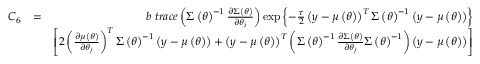
\begin{array} { r l r } { C _ { 6 } } & { = } & { b \mathrm { ~ } t r a c e \left( \boldsymbol { \Sigma } \left( \boldsymbol { \theta } \right) ^ { - 1 } \frac { \partial \boldsymbol { \Sigma } \left( \boldsymbol { \theta } \right) } { \partial \theta _ { i } } \right) \exp \left\{ - \frac { \tau } { 2 } \left( \boldsymbol { y } - \boldsymbol { \mu } \left( \boldsymbol { \theta } \right) \right) ^ { T } \boldsymbol { \Sigma } \left( \boldsymbol { \theta } \right) ^ { - 1 } \left( \boldsymbol { y } - \boldsymbol { \mu } \left( \boldsymbol { \theta } \right) \right) \right\} } \\ & { } & { \left[ 2 \left( \frac { \partial \boldsymbol { \mu } \left( \boldsymbol { \theta } \right) } { \partial \theta _ { j } } \right) ^ { T } \boldsymbol { \Sigma } \left( \boldsymbol { \theta } \right) ^ { - 1 } \left( \boldsymbol { y } - \boldsymbol { \mu } \left( \boldsymbol { \theta } \right) \right) + \left( \boldsymbol { y } - \boldsymbol { \mu } \left( \boldsymbol { \theta } \right) \right) ^ { T } \left( \boldsymbol { \Sigma } \left( \boldsymbol { \theta } \right) ^ { - 1 } \frac { \partial \boldsymbol { \Sigma } \left( \boldsymbol { \theta } \right) } { \partial \theta _ { j } } \boldsymbol { \Sigma } \left( \boldsymbol { \theta } \right) ^ { - 1 } \right) \left( \boldsymbol { y } - \boldsymbol { \mu } \left( \boldsymbol { \theta } \right) \right) \right] } \end{array}